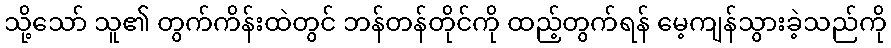
သို့သော် သူ၏ တွက်ကိန်းထဲတွင် ဘန်တန်တိုင်ကို ထည့်တွက်ရန် မေ့ကျန်သွားခဲ့သည်ကို